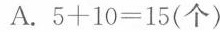
A.$$5 + 1 0 = 1 5$$(个)